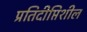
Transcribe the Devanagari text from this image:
प्रतिदीप्तिशील